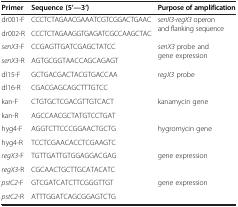
| Primer | Sequence (5’—3’) | Purpose of amplification |
 | --- | --- | --- |
 | dr001-F | CCCTCTAGAACGAAATCGTCGGACTGAAC | <ROWSPAN=2> senX3-regX3 operon and flanking sequence |
 | dr002-R | CCCTCTAGAAGGTGAGATCGCCAAGCTAC |
 | senX3-F | CCGAGTTGATCGAGCTATCC | <ROWSPAN=2> senX3 probe and gene expression |
 | senX3-R | AGTGCGGTAACCAGCAGAGT |
 | dl15-F | GCTGACGACTACGTGACCAA | <ROWSPAN=2> regX3 probe |
 | dl16-R | CGACGAGCAGCTTTGTCC |
 | kan-F | CTGTGCTCGACGTTGTCACT | <ROWSPAN=2> kanamycin gene |
 | kan-R | AGCCAACGCTATGTCCTGAT |
 | hyg4-F | AGGTCTTCCCGGAACTGCTG | <ROWSPAN=2> hygromycin gene |
 | hyg4-R | TCCTCGAACACCTCGAAGTC |
 | regX3-F | TGTTGATTGTGGAGGACGAG | <ROWSPAN=2> gene expression |
 | regX3-R | CGCAACTGCTTGCATACATC |
 | pstC2-F | GTCGATCATCTTCGGGTTGT | <ROWSPAN=2> gene expression |
 | pstC2-R | ATTTGGATCAGCGGAGTCTG |